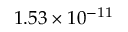
1 . 5 3 \times 1 0 ^ { - 1 1 }